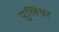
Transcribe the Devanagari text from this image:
पुलियर